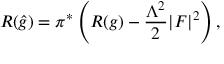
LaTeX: R ( { \widehat { g } } ) = \pi ^ { * } \left( R ( g ) - { \frac { \Lambda ^ { 2 } } { 2 } } \vert F \vert ^ { 2 } \right) ,